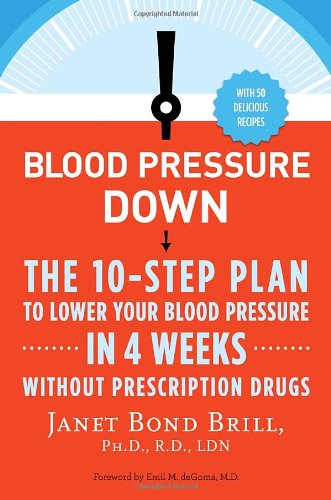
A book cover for Blood Pressure Down: The 10-Step Plan to Lower Your Blood Pressure in 4 Weeks--Without Prescription Drugs; Janet Bond Brill Ph.D.  R.D; Health, Fitness & Dieting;